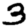
Digit: 3